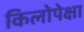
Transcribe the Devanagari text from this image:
किलोपेक्षा